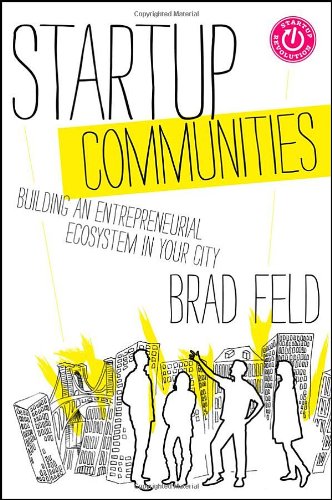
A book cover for Startup Communities: Building an Entrepreneurial Ecosystem in Your City; Brad Feld; Business & Money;